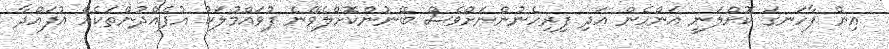
އިން ފާހަނގަ ކޮށްލަނީ އަންހެން އަދި ފިރިހެނުންނަށްވެސް ބޭނުންކޮށްލެވޭނެ ފުވައްމުލަކު އުފެއްދުންތަކެއް އުފައްދާ